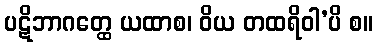
ပဋိဘာဂတ္ထေ ယထာစ၊ ဝိယ တထရိဝါ’ပိ စ။